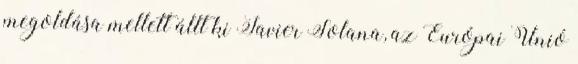
megoldása mellett állt ki Javier Solana, az Európai Unió